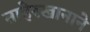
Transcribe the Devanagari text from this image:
ताहेरखानाने